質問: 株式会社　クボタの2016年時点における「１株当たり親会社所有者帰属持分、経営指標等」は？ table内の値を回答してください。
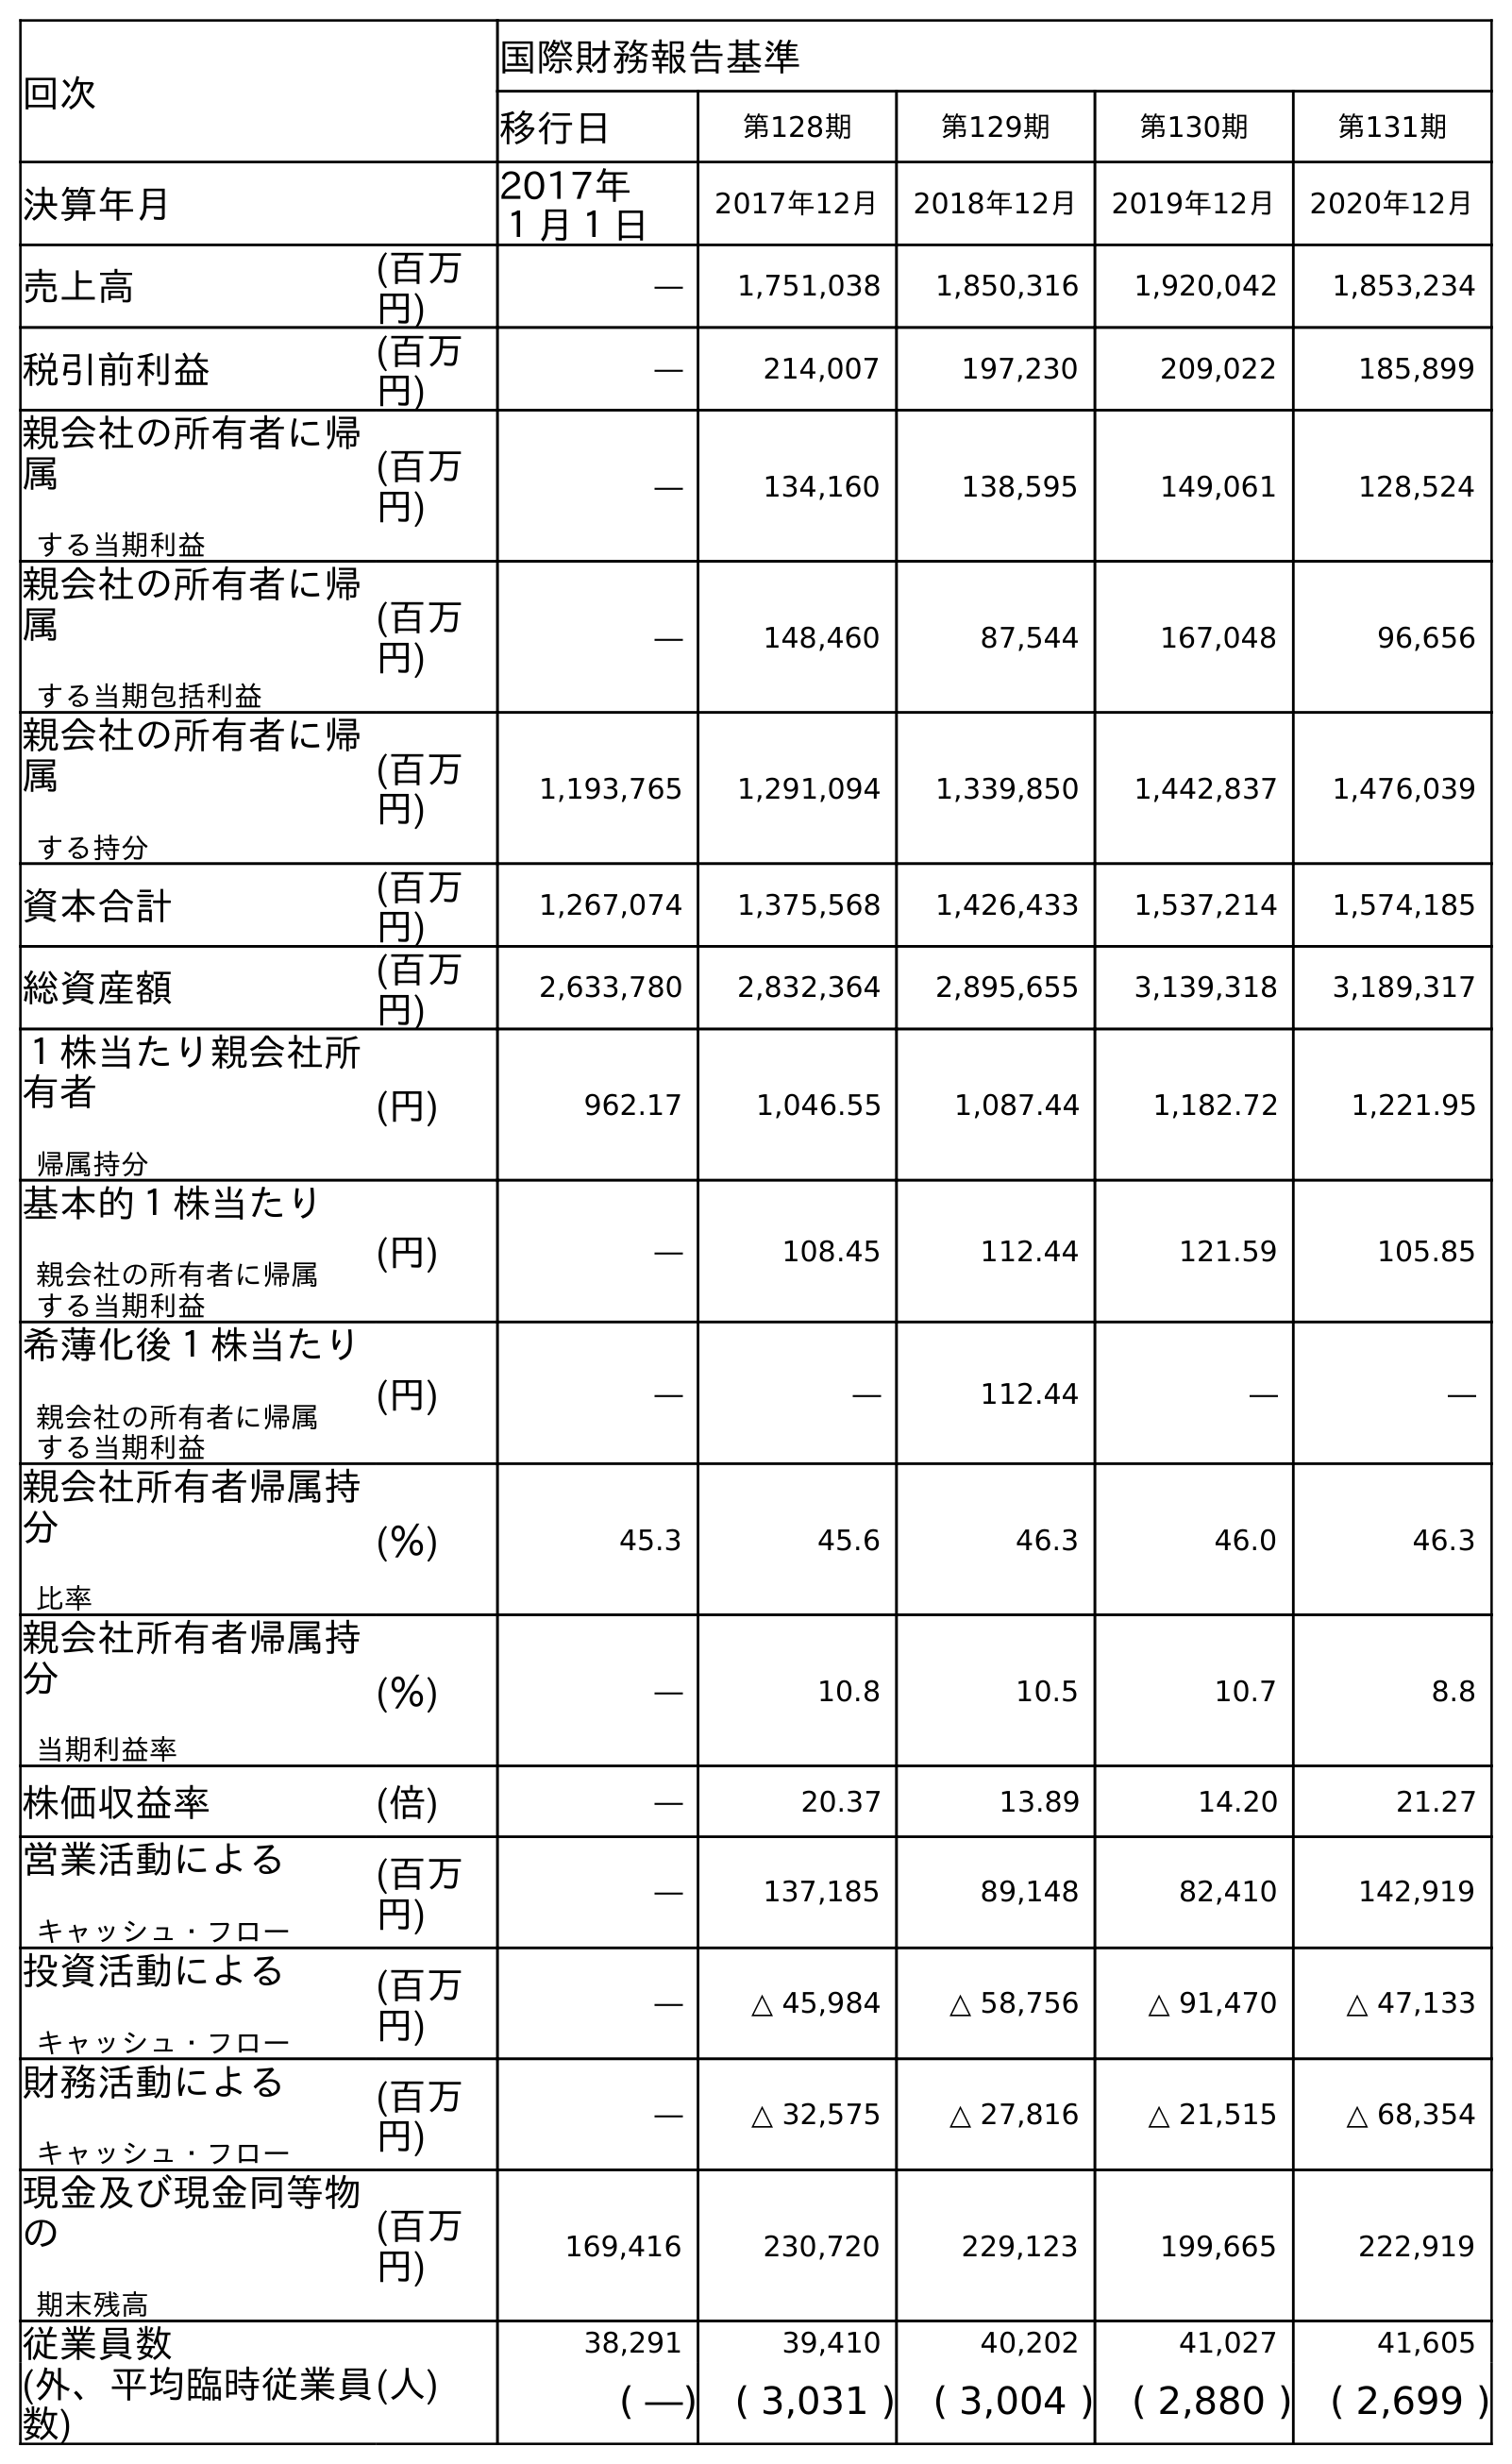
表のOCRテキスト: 回次 国際財務報告基準 移行日 第128期 第129期 第130期 第131期 決算年月 2017年 １月１日 2017年12月 2018年12月 2019年12月 2020年12月 売上高 (百万 円) ― 1,751,038 1,850,316 1,920,042 1,853,234 税引前利益 (百万 円) ― 214,007 197,230 209,022 185,899 親会社の所有者に帰 属 する当期利益 (百万 円) ― 134,160 138,595 149,061 128,524 親会社の所有者に帰 属 する当期包括利益 (百万 円) ― 148,460 87,544 167,048 96,656 親会社の所有者に帰 属 する持分 (百万 円) 1,193,765 1,291,094 1,339,850 1,442,837 1,476,039 資本合計 (百万 円) 1,267,074 1,375,568 1,426,433 1,537,214 1,574,185 総資産額 (百万 円) 2,633,780 2,832,364 2,895,655 3,139,318 3,189,317 １株当たり親会社所 有者 帰属持分 (円) 962.17 1,046.55 1,087.44 1,182.72 1,221.95 基本的１株当たり 親会社の所有者に帰属 する当期利益 (円) ― 108.45 112.44 121.59 105.85 希薄化後１株当たり 親会社の所有者に帰属 する当期利益 (円) ― ― 112.44 ― ― 親会社所有者帰属持 分 比率 (％) 45.3 45.6 46.3 46.0 46.3 親会社所有者帰属持 分 当期利益率 (％) ― 10.8 10.5 10.7 8.8 株価収益率 (倍) ― 20.37 13.89 14.20 21.27 営業活動による キャッシュ・フロー (百万 円) ― 137,185 89,148 82,410 142,919 投資活動による キャッシュ・フロー (百万 円) ― △ 45,984 △ 58,756 △ 91,470 △ 47,133 財務活動による キャッシュ・フロー (百万 円) ― △ 32,575 △ 27,816 △ 21,515 △ 68,354 現金及び現金同等物 の 期末残高 (百万 円) 169,416 230,720 229,123 199,665 222,919 従業員数 (人) 38,291 39,410 40,202 41,027 41,605 (外、平均臨時従業員 数) ( ―) ( 3,031 ) ( 3,004 ) ( 2,880 ) ( 2,699 )
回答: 962.17